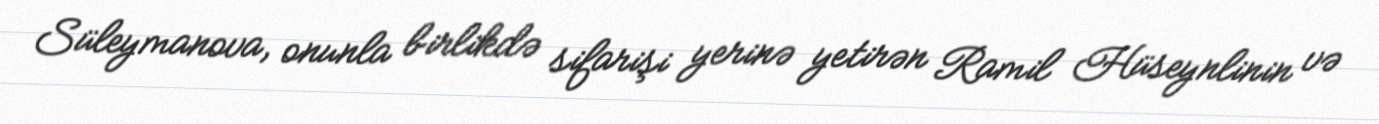
Süleymanova, onunla birlikdə sifarişi yerinə yetirən Ramil Hüseynlinin və